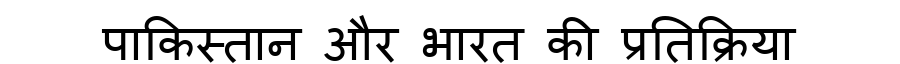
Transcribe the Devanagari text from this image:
पाकिस्तान और भारत की प्रतिक्रिया